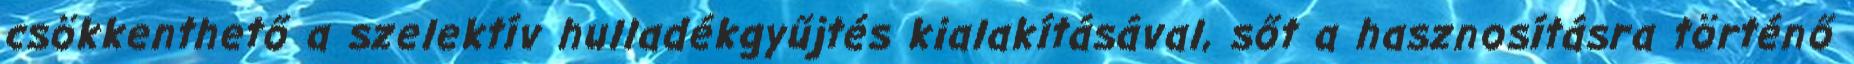
csökkenthető a szelektív hulladékgyűjtés kialakításával, sőt a hasznosításra történő